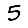
Digit: 5